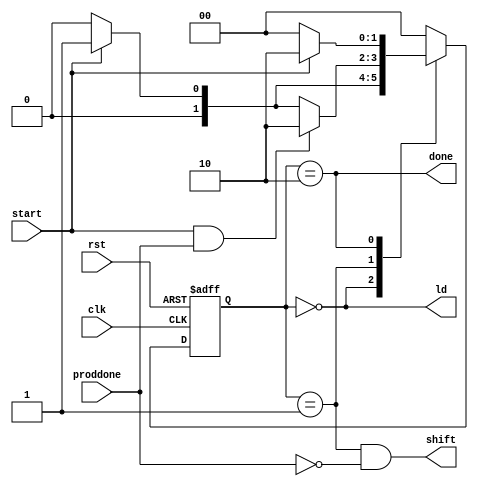
/*******************************************************************
*
* Module: multifsm.v
* Project: Serial_Parallel_Multiplier
* Description: Finite state machine to managae the stages of the multiplier and generate control signals.
*
* Change history:
**********************************************************************/

`timescale 1ns/1ns

module multifsm(clk, rst, proddone, start, done, ld, shift);

  input clk;
  input rst; 
  input start;
  input proddone;
  output  done;
  output   ld;
  output shift;

  parameter [1:0] IDLE=2'b00, MUL=2'b01 , DONE= 2'b10;
  reg [1:0] state , newstate;
 
  always @* begin
    newstate = IDLE;
    case (state)
        IDLE: if (start) newstate= MUL; else newstate= IDLE;
        MUL: if (start & proddone) newstate = DONE; else if (start) newstate = MUL; else newstate = IDLE;
        DONE: if(start) newstate= DONE ; else newstate= IDLE;
    endcase

    end
 
  always @( posedge clk or posedge rst)
         if (rst)
              state <= IDLE;
         else state <= newstate;
 
  assign done  = (state == DONE);
  assign ld    = (state == IDLE);
  assign shift = (state== MUL) && !proddone;
  
  
endmodule